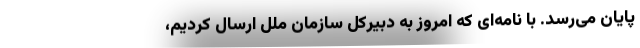
پایان می‌رسد. با نامه‌ای که امروز به دبیرکل سازمان ملل ارسال کردیم،